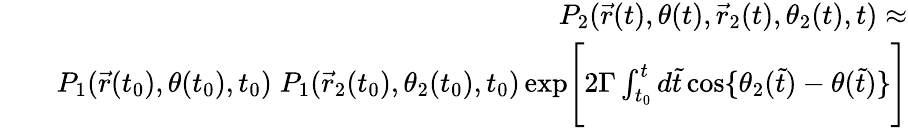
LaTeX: \begin{array}{rlr}&{}&{P_{2}(\vec{r}(t),\theta(t),\vec{r}_{2}(t),\theta_{2}(t),t)\approx}\\ &{}&{P_{1}(\vec{r}(t_{0}),\theta(t_{0}),t_{0})\; P_{1}(\vec{r}_{2}(t_{0}),\theta_{2}(t_{0}),t_{0})\, \mathrm{exp}\Bigg[2\Gamma\int_{t_{0}}^{t}d\tilde{t}\, \mathrm{cos}\{ \theta_{2}(\tilde{t})-\theta(\tilde{t})\} \Bigg]}\end{array}